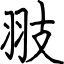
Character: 翄